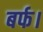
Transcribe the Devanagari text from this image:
बर्फ।